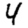
Digit: 4